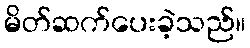
မိတ်ဆက်ပေးခဲ့သည်။